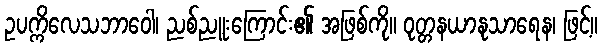
ဥပက္ကိလေသဘာဝေါ၊ ညစ်ညူးကြောင်း၏ အဖြစ်ကို။ ဝုတ္တနယာနုသာရေန၊ ဖြင့်။